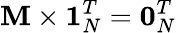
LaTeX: \mathbf{M}\times\mathbf{1}_{N}^{T}=\mathbf{0}_{N}^{T}